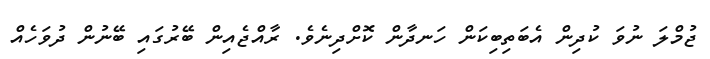
ޖުމްލަ ނުވަ ކުދިން އެބަތިބިކަން ހަނދާން ކޮށްދިނެވެ. ރާއްޖެއިން ބޭރުގައި ބޭނުން ދުވަހެއް